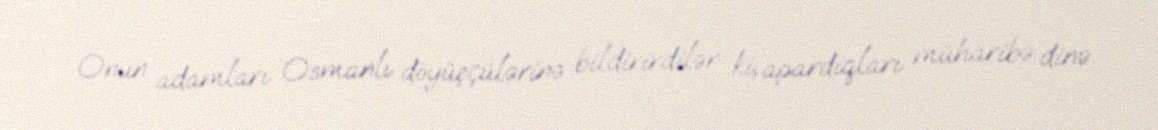
Onun adamları Osmanlı döyüşçülərinə bildirirdilər ki, apardıqları müharibə dinə